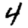
Digit: 4